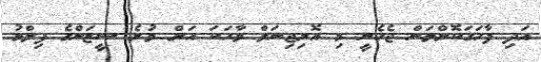
އަދި ފާހަގަކޮށްލަން ޖެހެނީ މި އޮރިޖިނަލް ވާހަކަ އަށް ވުރެ ސީޒަންގެ ފިލްމު